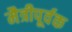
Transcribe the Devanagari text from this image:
मैत्रीपूर्वक